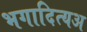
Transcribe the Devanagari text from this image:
भगादित्यअ